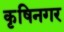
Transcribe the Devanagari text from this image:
कृषिनगर